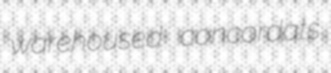
warehoused concordats